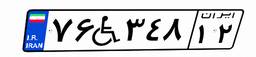
۷۶W۳۴۸۱۲